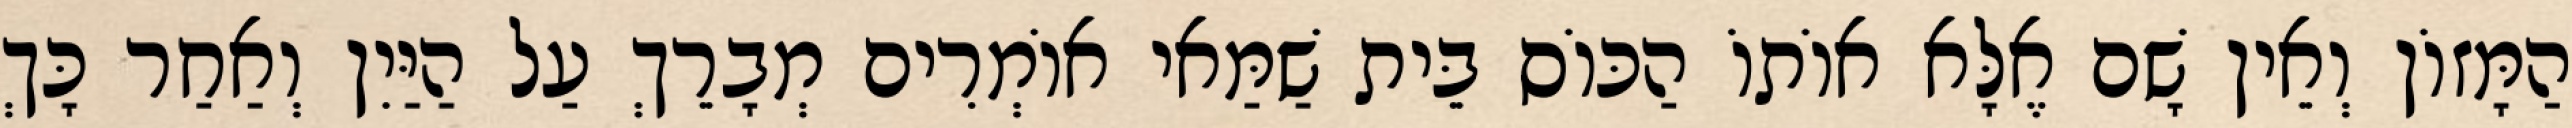
הַמָּזוֹן וְאֵין שָׁם אֶלָּא אוֹתוֹ הַכּוֹס בֵּית שַׁמַּאי אוֹמְרִים מְבָרֵךְ עַל הַיַּיִן וְאַחַר כָּךְ